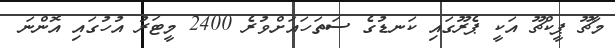
މާޗޫ ޕީކްޗޫ އަކީ ޕެރޫގައި ކަނޑުގެ ސަތަހައަށްވުރެ 2400 މީޓަރު އުހުގައި އޮންނަ